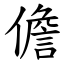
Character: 儋